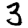
Digit: 3